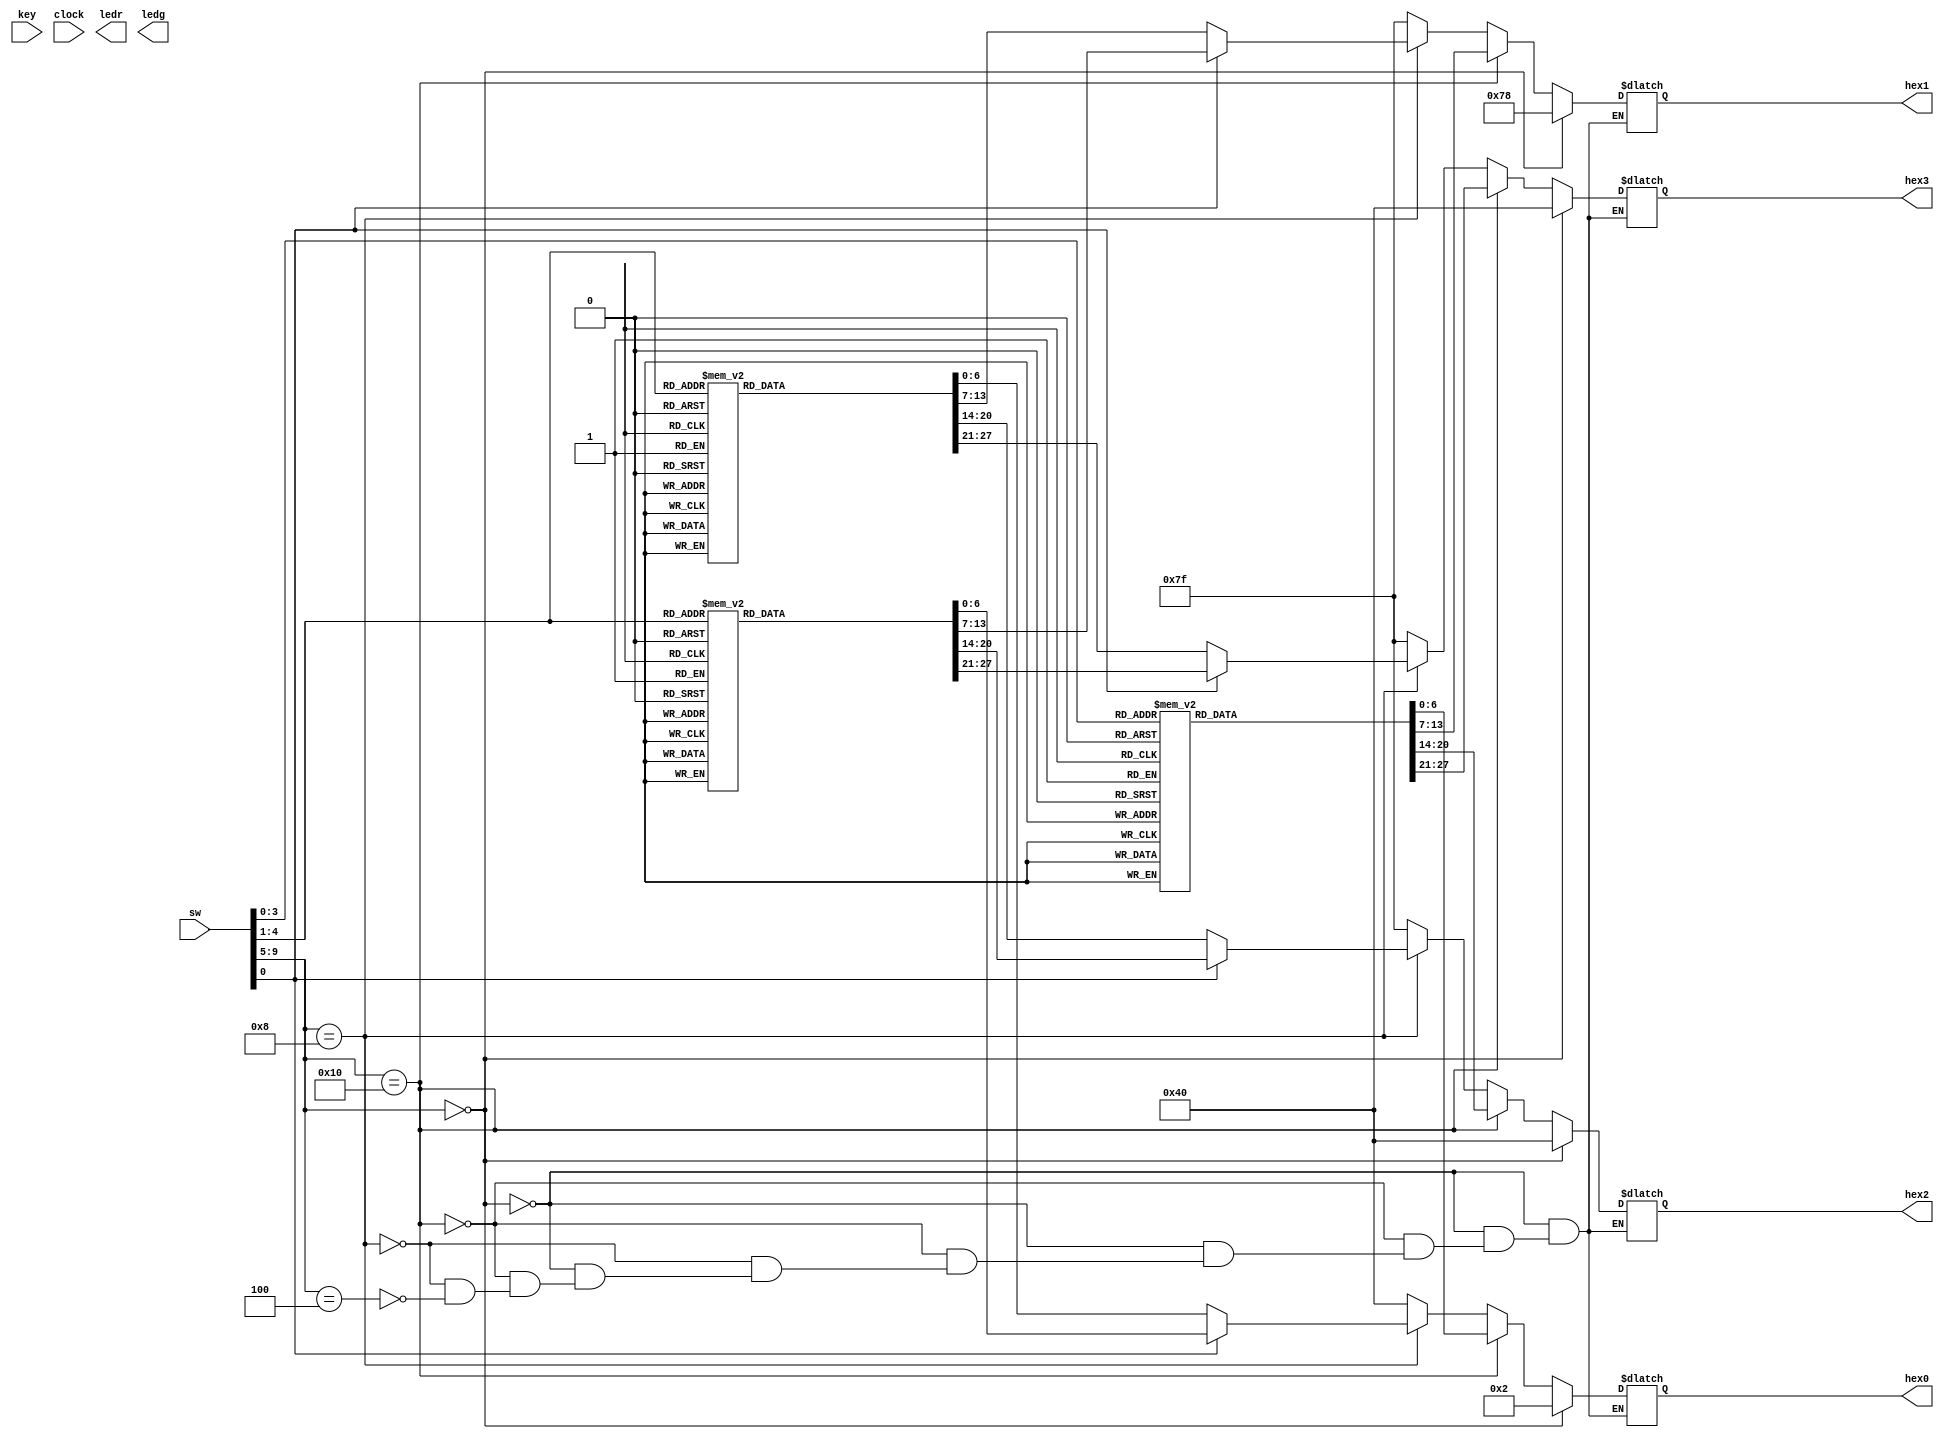
module L2C076( 
input [9:0] sw, // ten up-down switches, SW9 - SW0
input [3:0] key, // four pushbutton switches, KEY3 - KEY0
input clock, // 24MHz clock source on Altera DE1 board
output [9:0] ledr, // ten Red LEDs, LEDR9 - LEDR0
output [7:0] ledg, // eight Green LEDs, LEDG8 - LEDG0
output reg [6:0] hex3, hex2, hex1, hex0 // four 7-segment, HEX3 - HEX0
);

reg [3:0] count;

always @(*)
begin
/* Display Class ID */
if ( sw[9:5] == 5'b00000 )
begin
	hex0 = 7'b000_0010;
	hex1 = 7'b111_1000;
	hex2 = 7'b100_0000;
	hex3 = 7'b100_0000;
end

/* PART 1 */
else if ( sw[9:5] == 5'b10000 )
begin
	case (sw[3:0])
		4'b0000:   //0
		begin
		  hex0 = 7'b100_0000;
		  hex1 = 7'b111_1111;
		  hex2 = 7'b100_0000;
		  hex3 = 7'b100_0000;
		end
		  
		4'b0001:   //1
		begin
		  hex0 = 7'b111_1001;
		  hex1 = 7'b111_1111;
		  hex2 = 7'b100_0000;
		  hex3 = 7'b100_0000; 
		end
		  
		4'b0010:   //2
		begin
		  hex0 = 7'b010_0100;
		  hex1 = 7'b111_1111;
		  hex2 = 7'b100_0000;
		  hex3 = 7'b100_0000; 
		end
		  
		4'b0011:  //3
		begin
		  hex0 = 7'b011_1000;
		  hex1 = 7'b111_1111;
		  hex2 = 7'b100_0000;
		  hex3 = 7'b100_0000; 
		end
		  
		4'b0100:  //4
		begin
		  hex0 = 7'b001_1001;
		  hex1 = 7'b111_1111;
		  hex2 = 7'b100_0000;
		  hex3 = 7'b100_0000; 
		end
		  
		4'b0101:   //5
		begin
		  hex0 = 7'b001_0010;
		  hex1 = 7'b111_1111;
		  hex2 = 7'b100_0000;
		  hex3 = 7'b100_0000; 
		end
		  
		4'b0110:   //6
		begin
		  hex0 = 7'b000_0010;
		  hex1 = 7'b111_1111;
		  hex2 = 7'b100_0000;
		  hex3 = 7'b100_0000; 
		end
		  
		4'b0111:   //7
		begin
		  hex0 = 7'b111_1000;
		  hex1 = 7'b111_1111;
		  hex2 = 7'b100_0000;
		  hex3 = 7'b100_0000; 
		end	  
		  
		4'b1000:   //8
		begin
		  hex0 = 7'b000_0000;
		  hex1 = 7'b111_1111;
		  hex2 = 7'b100_0000;
		  hex3 = 7'b100_0000; 
		end	
		  
		4'b1001:   //9
		begin
		  hex0 = 7'b001_1000;
		  hex1 = 7'b111_1111;
		  hex2 = 7'b100_0000;
		  hex3 = 7'b100_0000; 
		end	
		  
		4'b1010:   //A
		begin
		  hex0 = 7'b000_1000;
		  hex1 = 7'b111_1111;
		  hex2 = 7'b100_0000;
		  hex3 = 7'b100_0000; 
		end	
		  
		4'b1011:   //b
		begin
		  hex0 = 7'b000_0011;
		  hex1 = 7'b111_1111;
		  hex2 = 7'b100_0000;
		  hex3 = 7'b100_0000; 
		end	
		  
		4'b1100:   //C
		begin
		  hex0 = 7'b100_0110;
		  hex1 = 7'b111_1111;
		  hex2 = 7'b100_0000;
		  hex3 = 7'b100_0000; 
		end	
		  
		4'b1101:   //d
		begin
		  hex0 = 7'b010_0001;
		  hex1 = 7'b111_1111;
		  hex2 = 7'b100_0000;
		  hex3 = 7'b100_0000; 
		end	
		  
		4'b1110:   //E
		begin
		  hex0 = 7'b000_0110;
		  hex1 = 7'b111_1111;
		  hex2 = 7'b100_0000;
		  hex3 = 7'b100_0000; 
		end	
		  
		4'b1111:   //F
		begin
		  hex0 = 7'b000_1110;
		  hex1 = 7'b111_1111;
		  hex2 = 7'b100_0000;
		  hex3 = 7'b100_0000; 
		end	
	endcase
end

/* PART 2 */
else if ( sw[9:5] == 5'b01000 )
begin
	if ( sw[0] == 0 )   //Adder
	begin
		case ( sw[4:1] )
			4'b0000:   //00
		    begin
		      hex0 = 7'b100_0000;
			  hex1 = 7'b111_1111;
			  hex2 = 7'b100_0000;
		      hex3 = 7'b100_0000;
		    end
		  
			4'b0001:   //01
		    begin
			  hex0 = 7'b111_1001;
			  hex1 = 7'b111_1111;
			  hex2 = 7'b111_1001;
			  hex3 = 7'b100_0000; 
			end
		  
			4'b0010:   //02
			begin
			  hex0 = 7'b010_0100;
			  hex1 = 7'b111_1111;
			  hex2 = 7'b010_0100; //2
			  hex3 = 7'b100_0000; 
			end
		  
			4'b0011:  //03
			begin
			  hex0 = 7'b011_0000;
			  hex1 = 7'b111_1111;
			  hex2 = 7'b011_0000; //3
			  hex3 = 7'b100_0000; 
			end
			  
			4'b0100:  //10
			begin
			  hex0 = 7'b111_1001;
			  hex1 = 7'b111_1111;
			  hex2 = 7'b100_0000;
			  hex3 = 7'b111_1001; 
			end
			  
			4'b0101:   //11
			begin
			  hex0 = 7'b010_0100; //2
			  hex1 = 7'b111_1111;
			  hex2 = 7'b111_1001;
			  hex3 = 7'b111_1001; 
			end
			  
			4'b0110:   //12
			begin
			  hex0 = 7'b011_0000; //3
			  hex1 = 7'b111_1111;
			  hex2 = 7'b010_0100;
			  hex3 = 7'b111_1001; 
			end
			  
			4'b0111:   //13
			begin
			  hex0 = 7'b001_1001; //4
			  hex1 = 7'b111_1111;
			  hex2 = 7'b011_0000;
			  hex3 = 7'b111_1001; 
			end	  
			  
			4'b1000:   //20
			begin
			  hex0 = 7'b010_0100;  //2
			  hex1 = 7'b111_1111;
			  hex2 = 7'b100_0000;
			  hex3 = 7'b010_0100; 
			end	
			  
			4'b1001:   //21
			begin
			  hex0 = 7'b011_0000;  //3
			  hex1 = 7'b111_1111;
			  hex2 = 7'b111_1001;
			  hex3 = 7'b010_0100; 
			end	
			  
			4'b1010:   //22
			begin
			  hex0 = 7'b001_1001; //4
			  hex1 = 7'b111_1111;
			  hex2 = 7'b010_0100;
			  hex3 = 7'b010_0100; 
			end	
			  
			4'b1011:   //23
			begin
			  hex0 = 7'b001_0010; //5
			  hex1 = 7'b111_1111;
			  hex2 = 7'b011_0000;
			  hex3 = 7'b010_0100; 
			end	
			  
			4'b1100:   //30
			begin
			  hex0 = 7'b011_0000; //3
			  hex1 = 7'b111_1111;
			  hex2 = 7'b100_0000;
			  hex3 = 7'b011_0000; 
			end	
			  
			4'b1101:   //31
			begin
			  hex0 = 7'b001_1001; //4
			  hex1 = 7'b111_1111;
			  hex2 = 7'b111_1001;
			  hex3 = 7'b011_0000; 
			end	
			  
			4'b1110:   //32
			begin
			  hex0 = 7'b001_0010;  //5
			  hex1 = 7'b111_1111;
			  hex2 = 7'b010_0100;
			  hex3 = 7'b011_0000; 
			end	
			  
			4'b1111:   //33
			begin
			  hex0 = 7'b000_0010;
			  hex1 = 7'b111_1111;
			  hex2 = 7'b011_0000;
			  hex3 = 7'b011_0000; 
			end	
		endcase
	end
	
    else //multiplier
    begin
		case (sw[4:1])
			4'b0000:   //00
		    begin
		      hex0 = 7'b100_0000;
			  hex1 = 7'b111_1111;
			  hex2 = 7'b100_0000;
		      hex3 = 7'b100_0000;
		    end
		  
			4'b0001:   //01
		    begin
			  hex0 = 7'b100_0000; //0
			  hex1 = 7'b111_1111;
			  hex2 = 7'b111_1001;
			  hex3 = 7'b100_0000; 
			end
		  
			4'b0010:   //02
			begin
			  hex0 = 7'b100_0000; //0
			  hex1 = 7'b111_1111;
			  hex2 = 7'b010_0100; //2
			  hex3 = 7'b100_0000; 
			end
		  
			4'b0011:  //03
			begin
			  hex0 = 7'b100_0000; //0
			  hex1 = 7'b111_1111;
			  hex2 = 7'b011_0000; //3
			  hex3 = 7'b100_0000; 
			end
			  
			4'b0100:  //10
			begin
			  hex0 = 7'b100_0000; //0
			  hex1 = 7'b111_1111;
			  hex2 = 7'b100_0000;
			  hex3 = 7'b111_1001; 
			end
			  
			4'b0101:   //11
			begin
			  hex0 = 7'b111_1001; //1
			  hex1 = 7'b111_1111;
			  hex2 = 7'b111_1001;
			  hex3 = 7'b111_1001; 
			end
			  
			4'b0110:   //12
			begin
			  hex0 = 7'b010_0100; //2
			  hex1 = 7'b111_1111;
			  hex2 = 7'b010_0100;
			  hex3 = 7'b111_1001; 
			end
			  
			4'b0111:   //13
			begin
			  hex0 = 7'b011_0000; //3
			  hex1 = 7'b111_1111;
			  hex2 = 7'b011_0000;
			  hex3 = 7'b111_1001; 
			end	  
			  
			4'b1000:   //20
			begin
			  hex0 = 7'b100_0000;  //0
			  hex1 = 7'b111_1111;
			  hex2 = 7'b100_0000;
			  hex3 = 7'b010_0100; 
			end	
			  
			4'b1001:   //21
			begin
			  hex0 = 7'b010_0100;  //2
			  hex1 = 7'b111_1111;
			  hex2 = 7'b111_1001;
			  hex3 = 7'b010_0100; 
			end	
			  
			4'b1010:   //22
			begin
			  hex0 = 7'b001_1001; //4
			  hex1 = 7'b111_1111;
			  hex2 = 7'b010_0100;
			  hex3 = 7'b010_0100; 
			end	
			  
			4'b1011:   //23
			begin
			  hex0 = 7'b000_0010; //6
			  hex1 = 7'b111_1111;
			  hex2 = 7'b011_0000;
			  hex3 = 7'b010_0100; 
			end	
			  
			4'b1100:   //30
			begin
			  hex0 = 7'b100_0000; //0
			  hex1 = 7'b111_1111;
			  hex2 = 7'b100_0000;
			  hex3 = 7'b011_0000; 
			end	
			  
			4'b1101:   //31
			begin
			  hex0 = 7'b011_0000; //3
			  hex1 = 7'b111_1111;
			  hex2 = 7'b111_1001;
			  hex3 = 7'b011_0000; 
			 end	
			  
			4'b1110:   //32
			begin
			  hex0 = 7'b000_0010;  //6
			  hex1 = 7'b111_1111;
			  hex2 = 7'b010_0100;
			  hex3 = 7'b011_0000; 
			end	
			  
			4'b1111:   //33
			begin
			  hex0 = 7'b001_1000; //9
			  hex1 = 7'b111_1111;
			  hex2 = 7'b011_0000;
			  hex3 = 7'b011_0000; 
			end	
		endcase
	end
end

/* PART 3 */
else if ( sw[9:5] == 5'b00100 )

begin
	count = 4'b0000;
	hex0 = 7'b100_0000;
	hex1 = 7'b111_1111;
	hex2 = 7'b111_1111;
	hex3 = 7'b111_1111;
	
	if ( sw[0] == 0 && sw[1] == 0 )
	begin
		//hex0 = counter;
	end
	
	else if ( sw[0] == 0 && sw[1] == 1 )
	begin
	  hex0 = 7'b100_0000;
	end
	

end


/*PART 4*/
else if ( sw[9:5] == 5'b00010 )
begin
end

end  //end always
	
/*always @(negedge key[0]) 
begin
	count[0] <= ~ count[0]
	//if ( sw[0] == 0 && sw[1] == 0 )
	//begin
	if ( count == 4'b0001 )
	begin
		hex0 = 7'b111_1001; //1
	end
	// count up using Key0
	//counter = counter + 1;
	//end
    
	//else if ( sw[0] == 1 )
	//begin
	//end

end //end initial
	
end //end always*/



endmodule